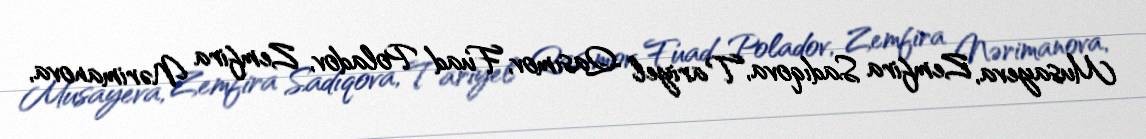
Musayeva, Zemfira Sadıqova, Tariyel Qasımov, Fuad Poladov, Zemfira Nərimanova,